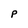
Character: P